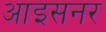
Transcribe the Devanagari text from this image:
आइसनर